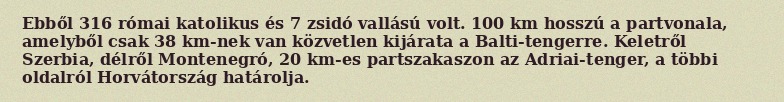
Ebből 316 római katolikus és 7 zsidó vallású volt. 100 km hosszú a partvonala, amelyből csak 38 km-nek van közvetlen kijárata a Balti-tengerre. Keletről Szerbia, délről Montenegró, 20 km-es partszakaszon az Adriai-tenger, a többi oldalról Horvátország határolja.